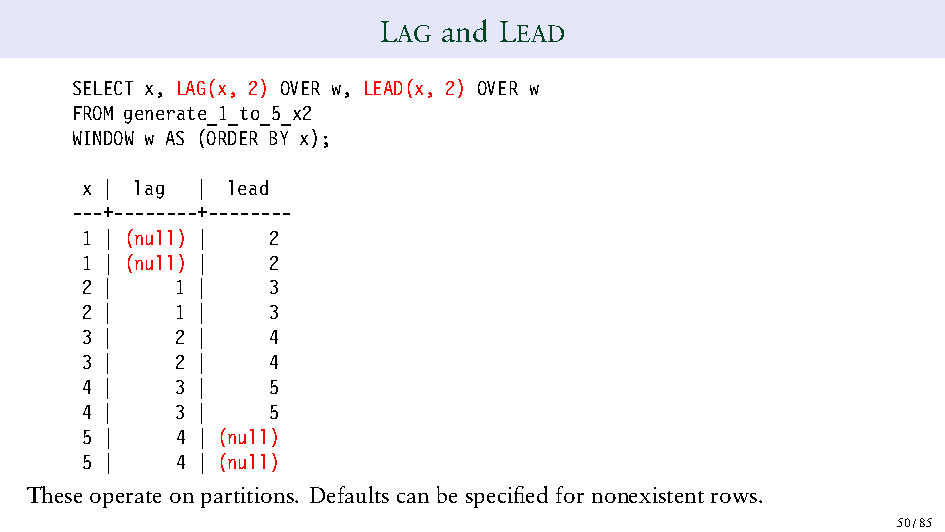
LAG and LEAD
 SELECT x, LAG(x, 2) OVER w, LEAD(x, 2) OVER w
 FROM generate_1_to_5_x2
 WINDOW w AS (ORDER BY x);
 x | lag | lead
 ---+--------+--------
 1 | (null) | 2
 1 | (null) | 2
 2 |    1 |   3
 2 |    1 |   3
 3 |    2 |   4
 3 |    2 |   4
 4 |    3 |   5
 4 |    3 |   5
 5 |    4 | (null)
 5 |    4 | (null)
 Theseoperateonpartitions. Defaults can bespecified for nonexistentrows.
 50/85